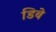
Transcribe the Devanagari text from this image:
डिबे